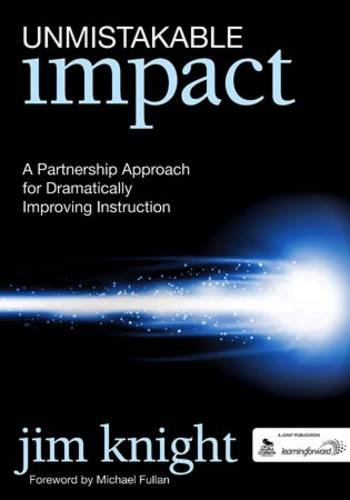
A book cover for Unmistakable Impact: A Partnership Approach for Dramatically Improving Instruction; Jim Knight; Politics & Social Sciences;